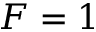
F = 1